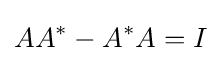
AA^{*}-A^{*}A=I